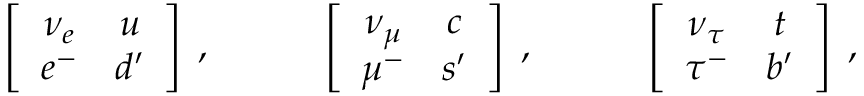
\left[ \begin{array} { c c } { { \nu _ { e } } } & { { u } } \\ { { e ^ { - } } } & { { d ^ { \prime } } } \end{array} \right] \; , \qquad \quad \left[ \begin{array} { c c } { { \nu _ { \mu } } } & { { c } } \\ { { \mu ^ { - } } } & { { s ^ { \prime } } } \end{array} \right] \; , \qquad \quad \left[ \begin{array} { c c } { { \nu _ { \tau } } } & { { t } } \\ { { \tau ^ { - } } } & { { b ^ { \prime } } } \end{array} \right] \; ,